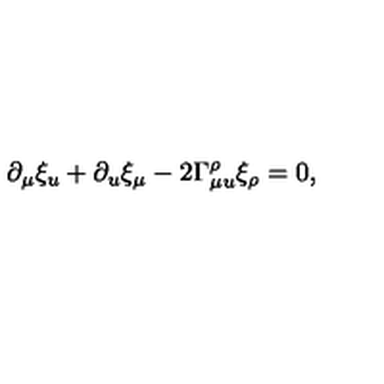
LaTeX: \partial _ { \mu } \xi _ { u } + \partial _ { u } \xi _ { \mu } - 2 \Gamma _ { \mu u } ^ { \rho } \xi _ { \rho } = 0 ,